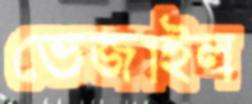
ভেজাইল